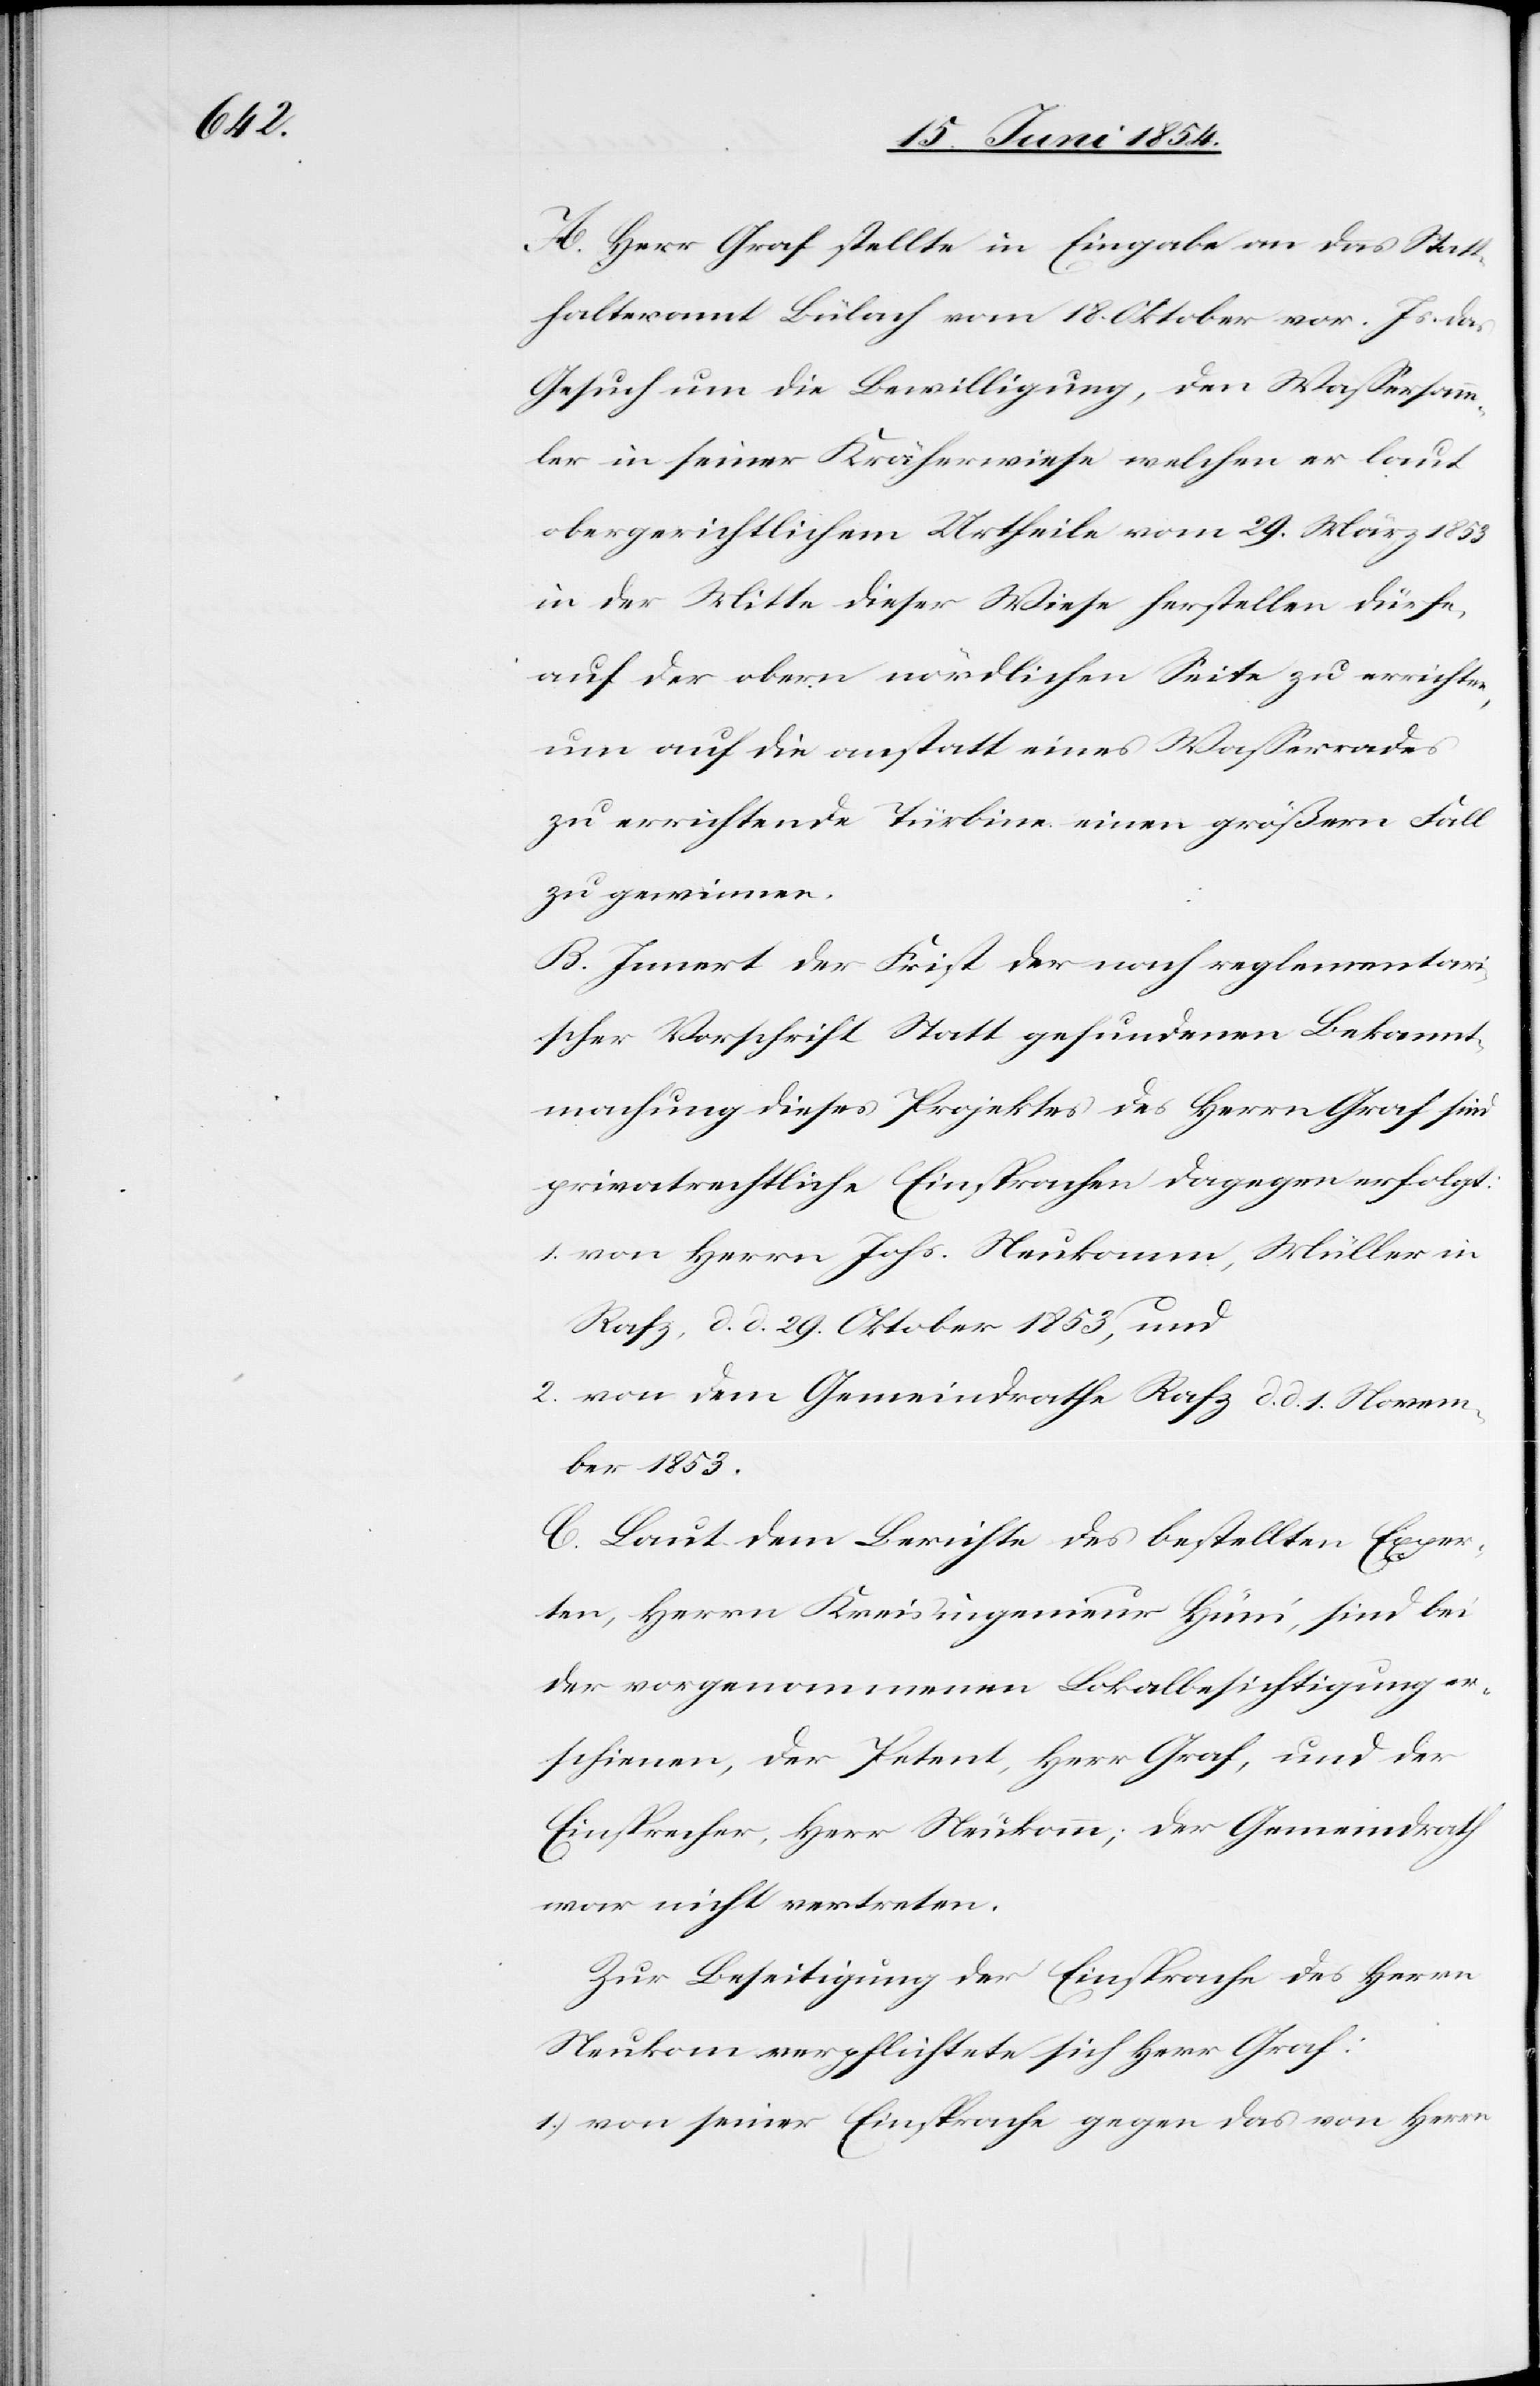
A. Herr Graf stellte in Eingabe an das Statt¬
halteramt Bülach vom 18. Oktober vor. Js. das
Gesuch um die Bewilligung, den Waßersamm¬
ler in seiner Kräherwiese welchen er laut
obergerichtlichem Urtheile vom 29. März 1853
in der Mitte dieser Wiese herstellen dürfe,
aber der obern nördlichen Seite zu errichten,
um auf die anstatt eines Waßerrade
zu errichtende Türbine einen größern Fall
zu gewinnen.
B. Innert der Frist der nach reglementar¬
ischer Vorschrift Statt gefundenen Bekannt¬
machung dieses Projektes des Herrn Graf sind
privatrechtliche Einsprachen dagegen erfolgt:
1. von Herrn Johs. Neukomm, Müller in
Rafz, d. d. 29. Oktober 1853, und
2. von dem Gemeindrathe Rafz d. d. 1. Novem¬
ber 1853.
C. Laut dem Berichte des bestellten Exper¬
ten, Herrn Kreisingenieur Hüni, sind bei
der vorgenommenen Lokalbesichtigung er¬
schienen, der Petent, Herr Graf, und der
Einsprecher, Herr Neukomm; der Gemeindrath
war nicht vertreten.
Zur Beseitigung der Einsprache des Herrn
Neukom verpflichtete sich Herr Graf:
1.) von seiner Einsprache gegen das von Herrn